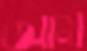
আম